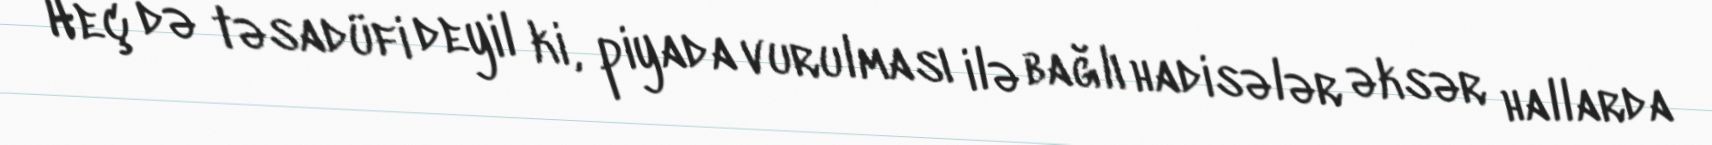
Heç də təsadüfi deyil ki, piyada vurulması ilə bağlı hadisələr əksər hallarda